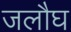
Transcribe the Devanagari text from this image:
जलौघ